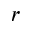
r